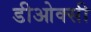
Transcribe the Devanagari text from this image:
डीओक्सी